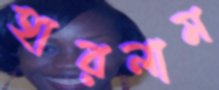
হারলাম